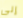
إلى